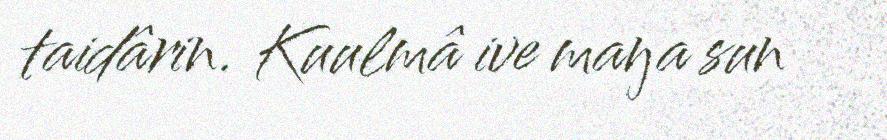
taidârin. Kuulmâ ive maŋa sun